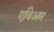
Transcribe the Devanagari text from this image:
एविअम